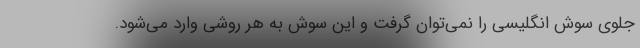
جلوی سوش انگلیسی را نمی‌توان گرفت و این سوش به هر روشی وارد می‌شود.